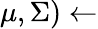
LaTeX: \mu,\Sigma)\leftarrow